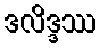
ဒလိဒ္ဒဿ